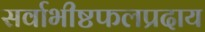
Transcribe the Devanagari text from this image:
सर्वाभीष्टफलप्रदाय